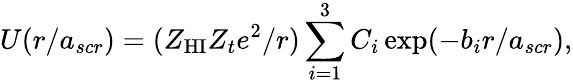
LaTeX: U(r/a_{scr})=(Z_{\mathrm{HI}}Z_{t}e^{2}/r)\sum_{i=1}^{3}C_{i}\exp(-b_{i}r/a_{scr}),